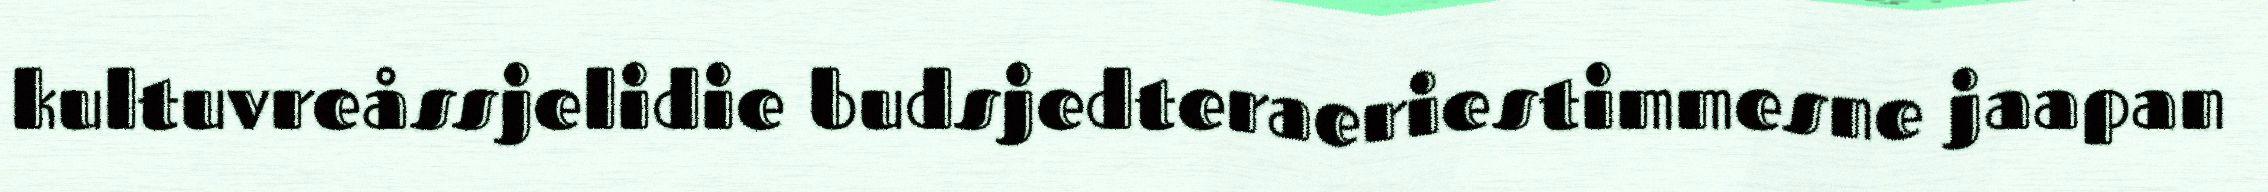
kultuvreåssjelidie budsjedteraeriestimmesne jaapan